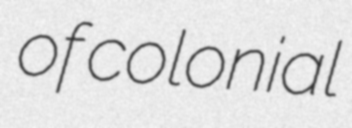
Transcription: of colonial